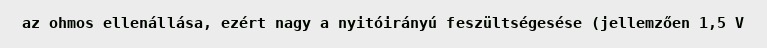
az ohmos ellenállása, ezért nagy a nyitóirányú feszültségesése (jellemzően 1,5 V